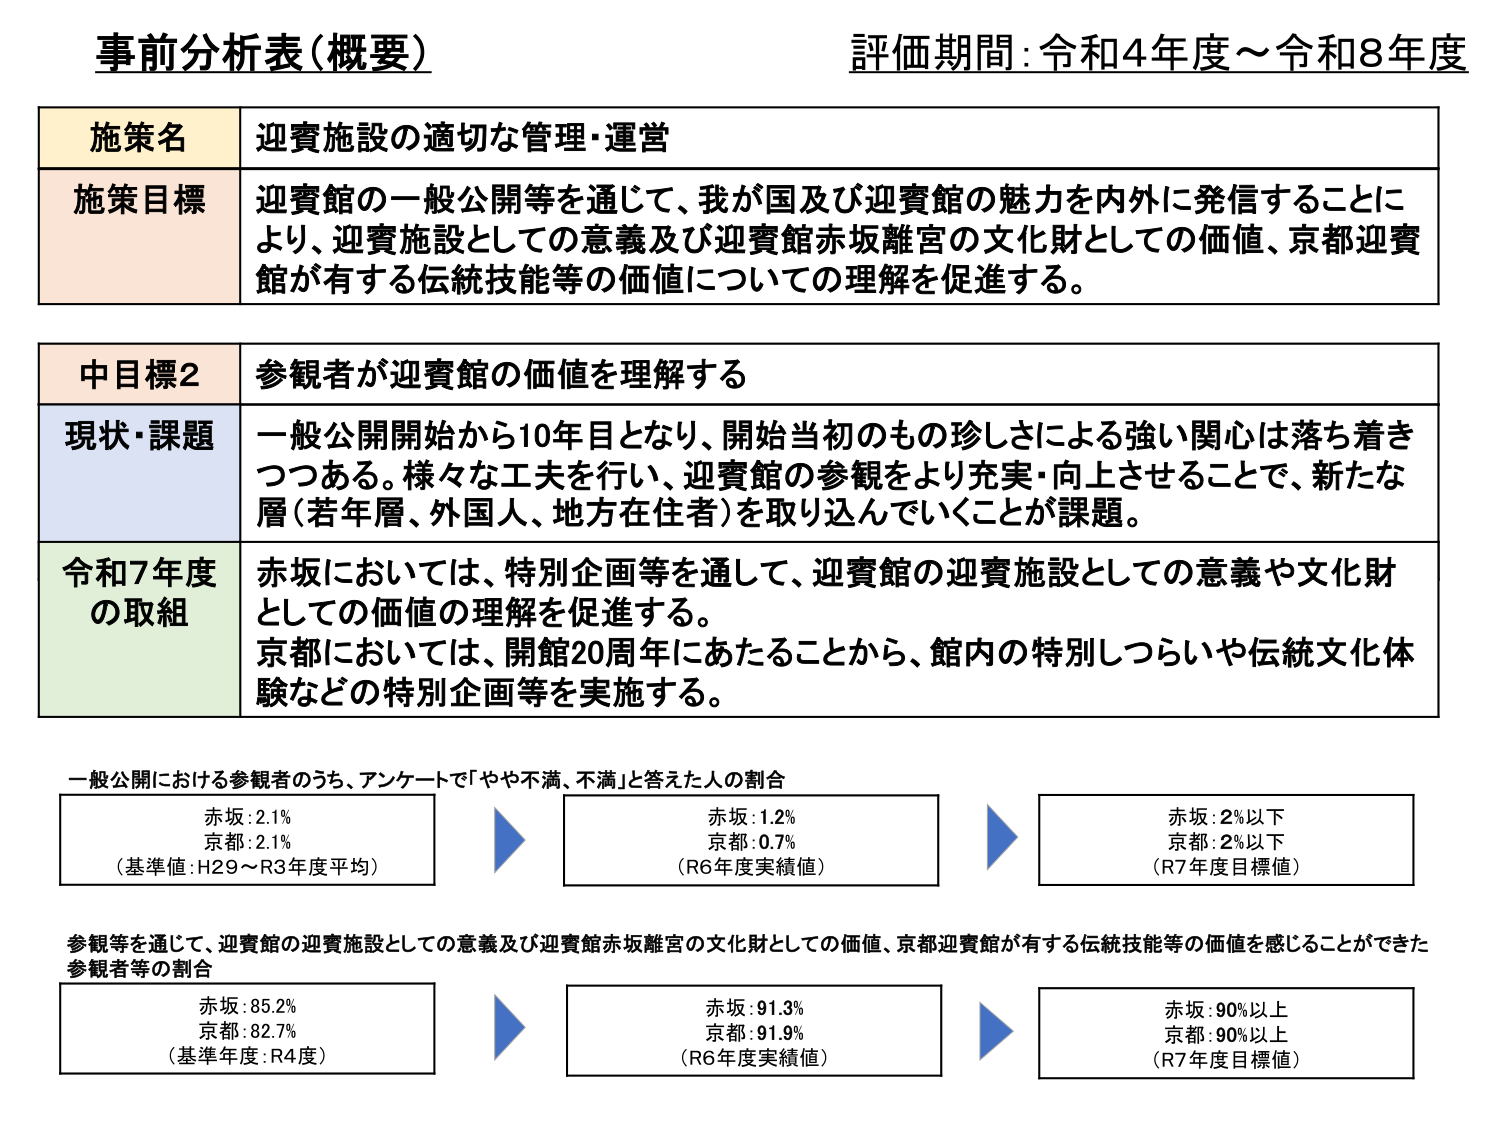
事前分析表（概要）
評価期間：令和4年度～令和8年度

施策名　迎賓施設の適切な管理・運営
施策目標　迎賓館の一般公開等を通じて、我が国及び迎賓館の魅力を内外に発信することにより、迎賓施設としての意義及び迎賓館赤坂離宮の文化財としての価値、京都迎賓館が有する伝統技能等の価値についての理解を促進する。

中目標2　参観者が迎賓館の価値を理解する
現状・課題　一般公開開始から10年目となり、開始当初のもの珍しさによる強い関心は落ち着きつつある。様々な工夫を行い、迎賓館の参観をより充実・向上させることで、新たな層（若年層、外国人、地方在住者）を取り込んでいくことが課題。
令和7年度の取組　赤坂においては、特別企画等を通じて、迎賓館の迎賓施設としての意義や文化財としての価値の理解を促進する。
京都においては、開館20周年にあたることから、館内の特別しつらいや伝統文化体験などの特別企画等を実施する。

一般公開における参観者のうち、アンケートで「やや不満、不満」と答えた人の割合
赤坂：2.1%
京都：2.1%
（基準値：H29～R3年度平均）
→
赤坂：1.2%
京都：0.7%
（R6年度実績値）
→
赤坂：2%以下
京都：2%以下
（R7年度目標値）

参観等を通じて、迎賓館の迎賓施設としての意義及び迎賓館赤坂離宮の文化財としての価値、京都迎賓館が有する伝統技能等の価値を感じることができた参観者等の割合
赤坂：85.2%
京都：82.7%
（基準年度：R4度）
→
赤坂：91.3%
京都：91.9%
（R6年度実績値）
→
赤坂：90%以上
京都：90%以上
（R7年度目標値）